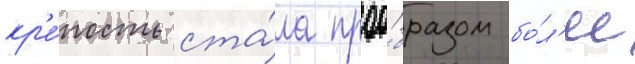
кр'е́пость ста́ла проо́бразом бо́л'ее